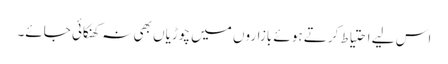
اس لیے احتیاط کرتے ہوئے بازاروں میں چوڑیاں بھی نہ کھنکائی جائے۔